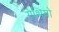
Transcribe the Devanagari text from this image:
गेथियो